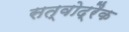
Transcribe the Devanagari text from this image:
सत्वोद्रैक